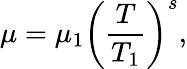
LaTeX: \mu=\mu_{1}\left(\frac{T}{T_{1}}\right)^{s},